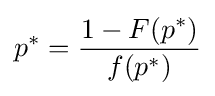
p^{*}={1-F(p^{*}) \over f(p^{*})}